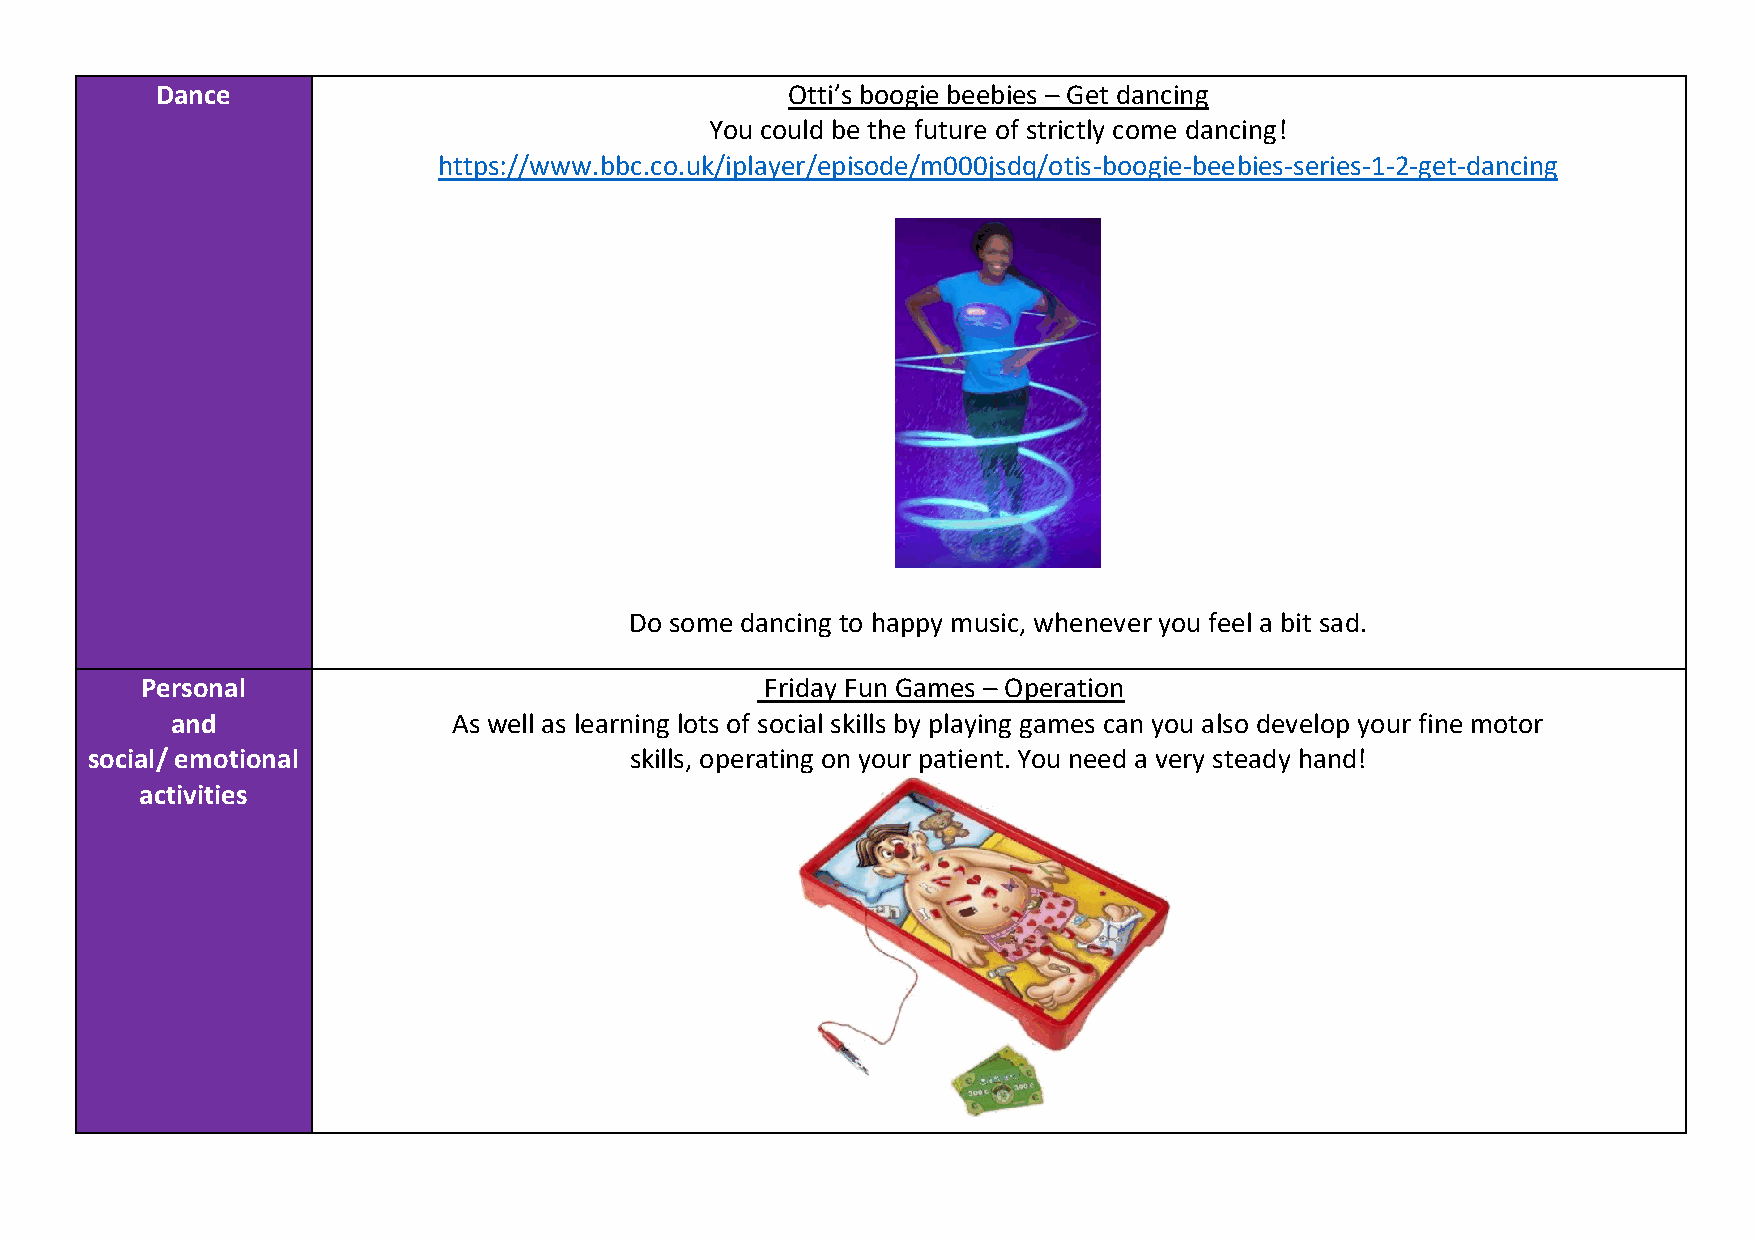
Dance                                     Otti’s boogie beebies – Get dancing
 You could be the future of strictly come dancing!
 https://www.bbc.co.uk/iplayer/episode/m000jsdq/otis-boogie-beebies-series-1-2-get-dancing
 Do some dancing to happy music, whenever you feel a bit sad.
 Personal                                  Friday Fun Games – Operation
 and                As well as learning lots of social skills by playing games can you also develop your fine motor
 social/ emotional                   skills, operating on your patient. You need a very steady hand!
 activities